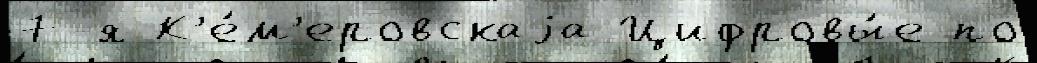
7-я К'е́м'еровскаjа Цифровы́е по